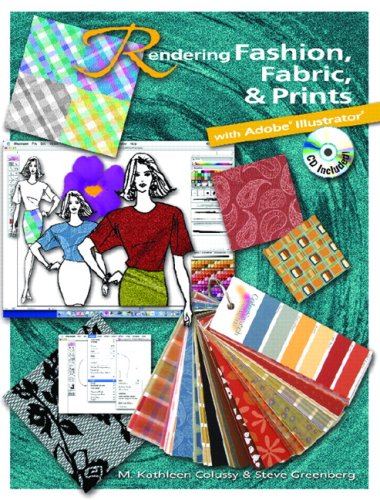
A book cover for Rendering Fashion, Fabric and Prints with Adobe Illustrator; M. Kathleen Colussy; Computers & Technology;